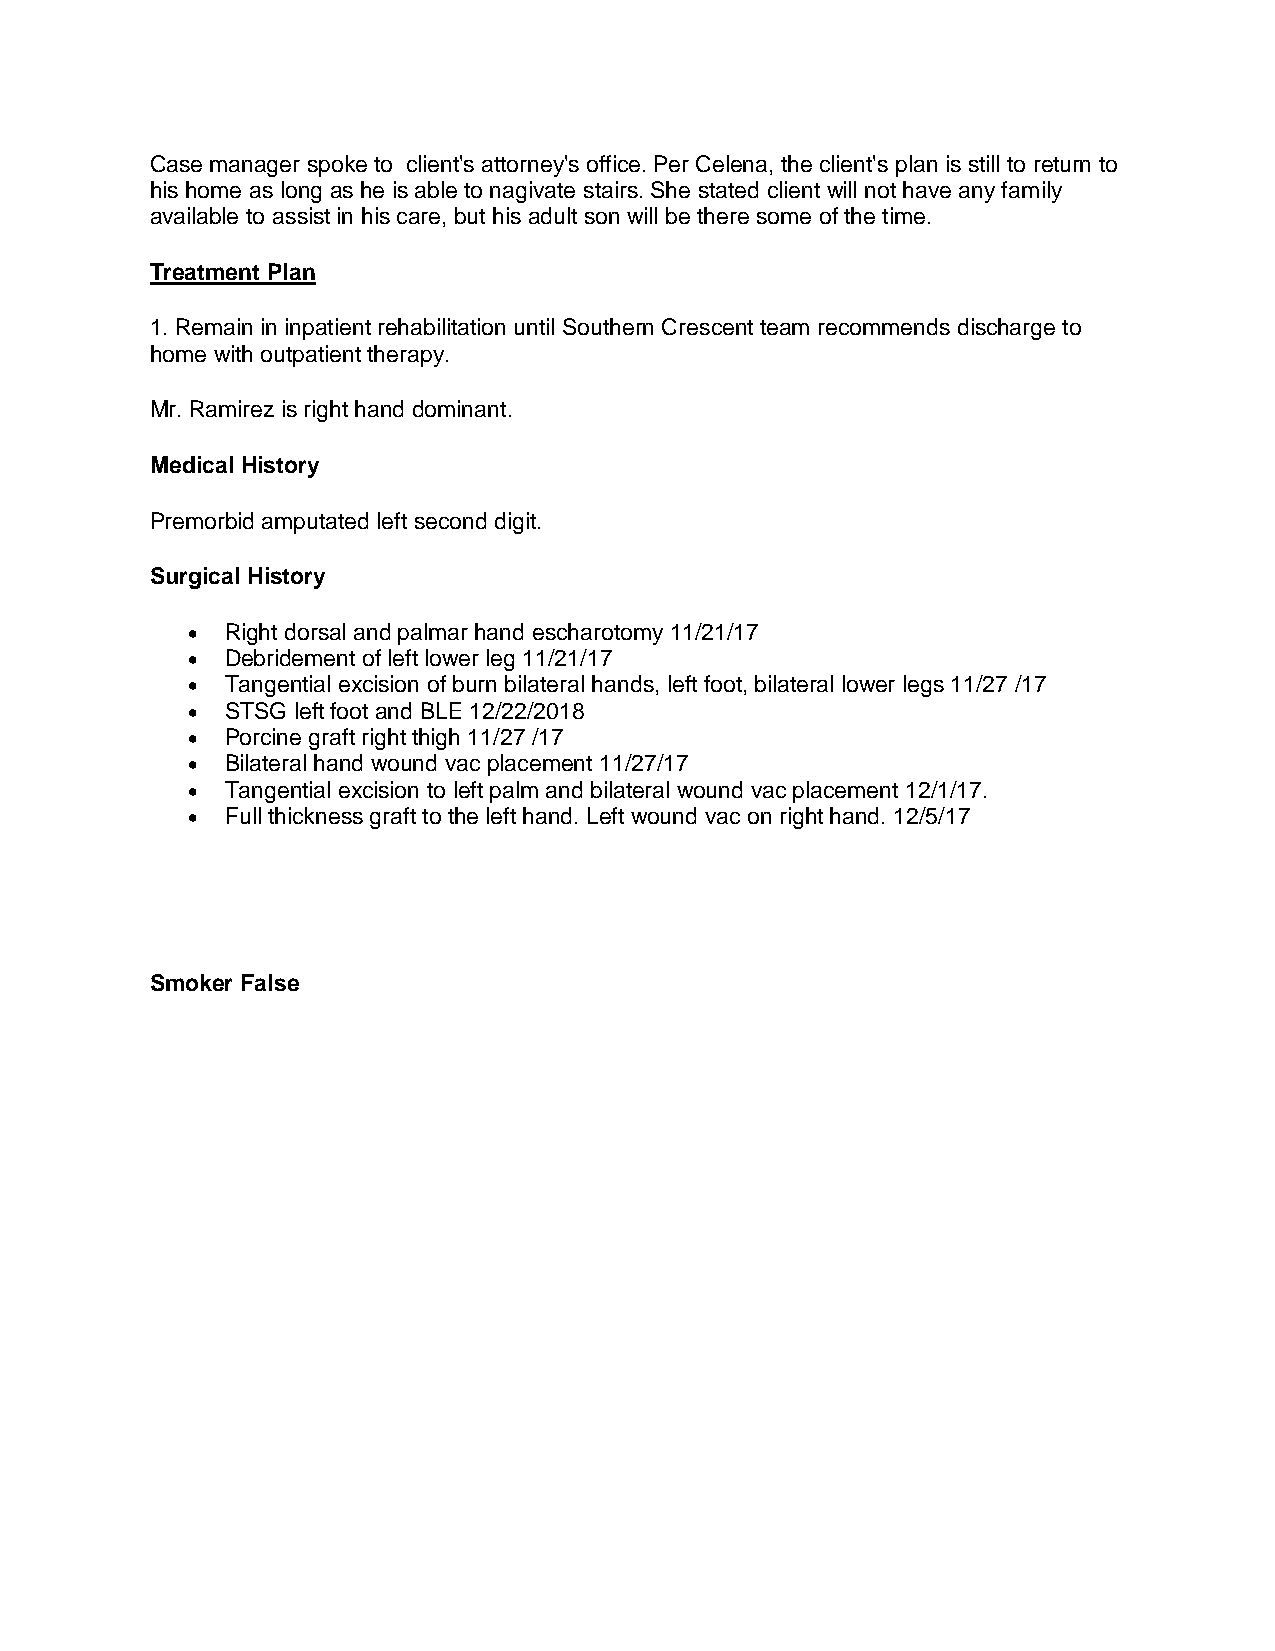
Case manager spoke to client's attorney's office. Per Celena, the client's plan is still to return to
 his home as long as he is able to nagivate stairs. She stated client will not have any family
 available to assist in his care, but his adult son will be there some of the time.
 Treatment Plan
 1. Remain in inpatient rehabilitation until Southern Crescent team recommends discharge to
 home with outpatient therapy.
 Mr. Ramirez is right hand dominant.
 Medical History
 Premorbid amputated left second digit.
 Surgical History
 •  Right dorsal and palmar hand escharotomy 11/21/17
 •  Debridement of left lower leg 11/21/17
 •  Tangential excision of burn bilateral hands, left foot, bilateral lower legs 11/27 /17
 •  STSG left foot and BLE 12/22/2018
 •  Porcine graft right thigh 11/27 /17
 •  Bilateral hand wound vac placement 11/27/17
 •  Tangential excision to left palm and bilateral wound vac placement 12/1/17.
 •  Full thickness graft to the left hand. Left wound vac on right hand. 12/5/17
 Smoker False